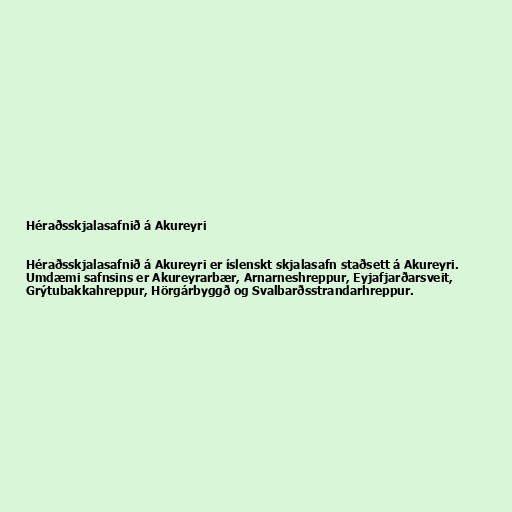
Héraðsskjalasafnið á Akureyri

Héraðsskjalasafnið á Akureyri er íslenskt skjalasafn staðsett á Akureyri.
Umdæmi safnsins er Akureyrarbær, Arnarneshreppur, Eyjafjarðarsveit,
Grýtubakkahreppur, Hörgárbyggð og Svalbarðsstrandarhreppur.